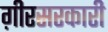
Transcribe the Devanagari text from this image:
ग़ीरसरकारी